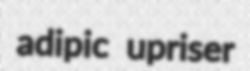
adipic upriser